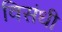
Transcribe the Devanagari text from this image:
विसंधी